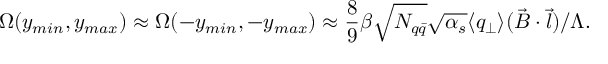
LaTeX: \Omega ( y _ { m i n } , y _ { m a x } ) \approx \Omega ( - y _ { m i n } , - y _ { m a x } ) \approx \frac { 8 } { 9 } \beta \sqrt { N _ { q \bar { q } } } \sqrt { \alpha _ { s } } \langle q _ { \perp } \rangle ( \vec { B } \cdot \vec { l } ) / \Lambda .